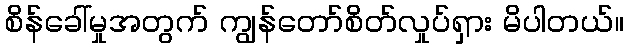
စိန်ခေါ်မှုအတွက် ကျွန်တော်စိတ်လှုပ်ရှား မိပါတယ်။